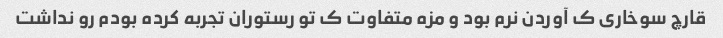
قارچ سوخاری ک آوردن نرم بود و مزه متفاوت ک تو رستوران تجربه کرده بودم رو نداشت